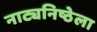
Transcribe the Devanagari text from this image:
नाट्यनिष्ठेला